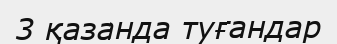
3 қазанда туғандар